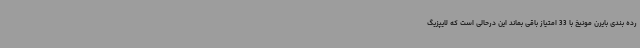
رده بندی بایرن مونیخ با 33 امتیاز باقی بماند این درحالی است که لایپزیگ